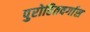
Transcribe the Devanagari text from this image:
पुरोहितवर्गास